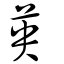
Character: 英